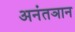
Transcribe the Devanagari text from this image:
अनंतञान